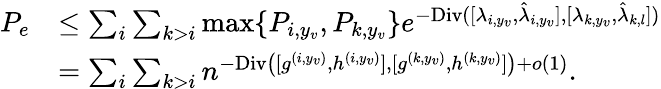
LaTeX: \begin{array}{rl}{P_{e}}&{\leq\sum_{i}\sum_{k>i}\operatorname*{max}\{ P_{i,y_{v}},P_{k,y_{v}}\} e^{-\textup{Div}([{\lambda_{i,y_{v}}},{\hat{\lambda}_{i,y_{v}}}],[{\lambda_{k,y_{v}}},{\hat{\lambda}_{k,l}}])}}\\ &{=\sum_{i}\sum_{k>i}n^{-\textup{Div}\big([{g^{(i,y_{v})}},{h^{(i,y_{v})}}],[{g^{(k,y_{v})}},{h^{(k,y_{v})}}]\big)+o(1)}.}\end{array}